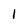
Character: l